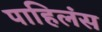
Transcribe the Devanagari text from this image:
पाहिलंस